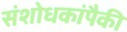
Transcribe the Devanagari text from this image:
संशोधकांपैकी